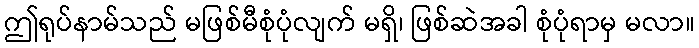
ဤရုပ်နာမ်သည် မဖြစ်မီစုံပုံလျက် မရှိ၊ ဖြစ်ဆဲအခါ စုံပုံရာမှ မလာ။